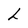
Character: h